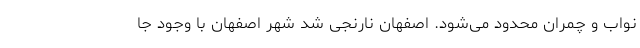
نواب و چمران محدود می‌شود. اصفهان نارنجی شد شهر اصفهان با وجود جا